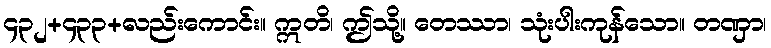
၄၃၂+၄၃၃+လည်းကောင်း။ ဣတိ၊ ဤသို့။ တေဿာ၊ သုံးပါးကုန်သော။ တဏှာ၊